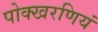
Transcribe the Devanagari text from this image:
पोक्खरणियं